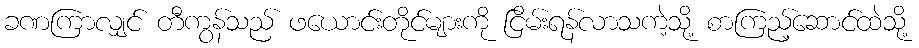
ခဏကြာလျှင် တီကွန်သည် ဖယောင်းတိုင်များကို ငြိမ်းရန်လာသကဲ့သို့ စာကြည့်ဆောင်ထဲသို့